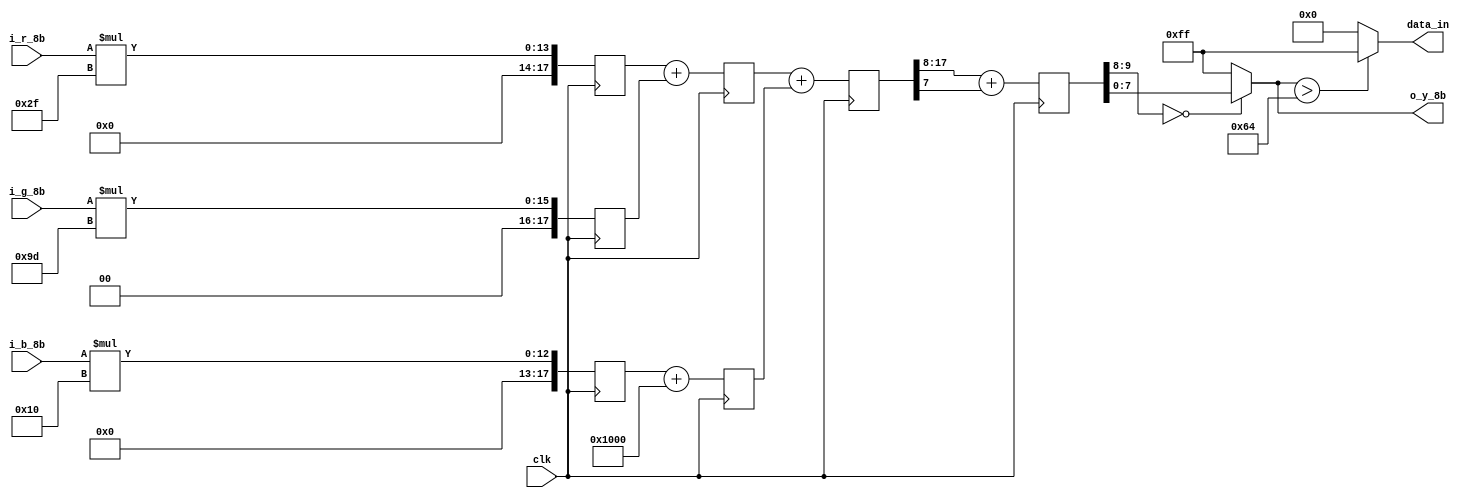
	/* 
		 RGBYUV
			Y  =  0.183R + 0.614G + 0.062B + 16;
								CB = -0.101R - 0.338G + 0.439B + 128; 
								CR =  0.439R - 0.399G - 0.040B + 128;
		
		clock
		
		
		0
		
	*/
	`timescale 1ns/1ps
	module	rgb_to_ycbcr(
							input								clk,
							input				[7 : 0]		i_r_8b,
							input				[7 : 0]		i_g_8b,
							input				[7 : 0]		i_b_8b,
							
							output			[7 : 0]		o_y_8b,
							output			[7 : 0]		data_in
																																
							);

	/***************************************parameters*******************************************/
	//multiply 256
	parameter	para_0183_10b = 10'd47;    //0.183 
	parameter	para_0614_10b = 10'd157;
	parameter	para_0062_10b = 10'd16;
	parameter	para_0101_10b = 10'd26;
	parameter	para_0338_10b = 10'd86;
	parameter	para_0439_10b = 10'd112;
	parameter	para_0399_10b = 10'd102;
	parameter	para_0040_10b = 10'd10;
	parameter	para_16_18b = 18'd4096;
	parameter	para_128_18b = 18'd32768;
	/********************************************************************************************/

	/***************************************signals**********************************************/
	wire				sign_cb;
	wire				sign_cr;
	reg[17: 0]	mult_r_for_y_18b;
	reg[17: 0]	mult_r_for_cb_18b;
	reg[17: 0]	mult_r_for_cr_18b;

	reg[17: 0]	mult_g_for_y_18b;
	reg[17: 0]	mult_g_for_cb_18b;
	reg[17: 0]	mult_g_for_cr_18b;

	reg[17: 0]	mult_b_for_y_18b;
	reg[17: 0]	mult_b_for_cb_18b;
	reg[17: 0]	mult_b_for_cr_18b;

	reg[17: 0]	add_y_0_18b;
	reg[17: 0]	add_cb_0_18b;
	reg[17: 0]	add_cr_0_18b;

	reg[17: 0]	add_y_1_18b;
	reg[17: 0]	add_cb_1_18b;
	reg[17: 0]	add_cr_1_18b;

	reg[17: 0] 	data_in_y_18b;
	reg[17: 0]	data_in_cb_18b;
	reg[17: 0]	data_in_cr_18b;

	reg[9:0] y_tmp;
	reg[9:0] cb_tmp;
	reg[9:0] cr_tmp;


	/********************************************************************************************/
		 
	/***************************************arithmetic*******************************************/
	//LV1 pipeline : mult
	always @ (posedge	clk)
	begin
		mult_r_for_y_18b <= i_r_8b * para_0183_10b;
		mult_r_for_cb_18b <= i_r_8b * para_0101_10b;
		mult_r_for_cr_18b <= i_r_8b * para_0439_10b;
	end

	always @ (posedge	clk)
	begin
		mult_g_for_y_18b <= i_g_8b * para_0614_10b;
		mult_g_for_cb_18b <= i_g_8b * para_0338_10b;
		mult_g_for_cr_18b <= i_g_8b * para_0399_10b;
	end

	always @ (posedge	clk)
	begin
		mult_b_for_y_18b <= i_b_8b * para_0062_10b;
		mult_b_for_cb_18b <= i_b_8b * para_0439_10b;
		mult_b_for_cr_18b <= i_b_8b * para_0040_10b;
	end
	//LV2 pipeline : add
	always @ (posedge	clk)
	begin
		add_y_0_18b <= mult_r_for_y_18b + mult_g_for_y_18b;
		add_y_1_18b <= mult_b_for_y_18b + para_16_18b;
		
		add_cb_0_18b <= mult_b_for_cb_18b + para_128_18b;
		add_cb_1_18b <= mult_r_for_cb_18b + mult_g_for_cb_18b;
		
		add_cr_0_18b <= mult_r_for_cr_18b + para_128_18b;
		add_cr_1_18b <= mult_g_for_cr_18b + mult_b_for_cr_18b;
	end
	//LV3 pipeline : y + cb + cr

	assign	sign_cb = (add_cb_0_18b >= add_cb_1_18b);
	assign	sign_cr = (add_cr_0_18b >= add_cr_1_18b);
	always @ (posedge	clk)
	begin
		data_in_y_18b <= add_y_0_18b + add_y_1_18b;
		data_in_cb_18b <= sign_cb ? (add_cb_0_18b - add_cb_1_18b) : 18'd0;
		data_in_cr_18b <= sign_cr ? (add_cr_0_18b - add_cr_1_18b) : 18'd0;
	end

	always @ (posedge	clk)
	begin
		y_tmp <= data_in_y_18b[17:8] + {9'd0,data_in_y_18b[7]};
		cb_tmp <= data_in_cb_18b[17:8] + {9'd0,data_in_cb_18b[7]};
		cr_tmp <= data_in_cr_18b[17:8] + {9'd0,data_in_cr_18b[7]};
	end

	//output
	assign	o_y_8b 	= (y_tmp[9:8] == 2'b00) ? y_tmp[7 : 0] : 8'hFF;

	/********************************************************************************************/

	/***************************************timing***********************************************/


	assign data_in = (o_y_8b > 100) ? 8'hff : 8'h00;

	/********************************************************************************************/
	endmodule